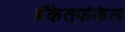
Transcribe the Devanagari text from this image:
बँकेतर्फेकेले